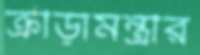
ক্রীড়ামন্ত্রীর